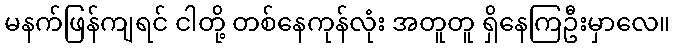
မနက်ဖြန်ကျရင် ငါတို့ တစ်နေကုန်လုံး အတူတူ ရှိနေကြဦးမှာလေ။